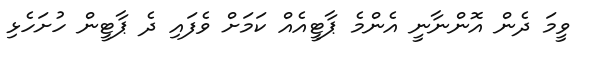
ވީމަ ދެން އޮންނާނީ އެންމެ ޕާޓީއެއް ކަމަށް ވެފައި ދެ ޕާޓީން ހުށަހެޅި